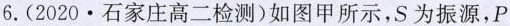
6.(2020·石家庄高二检测)如图甲所示，S为振源，P